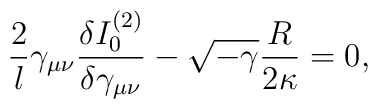
\frac{2}{l}  \gamma_{\mu \nu}\frac{\delta I_0^{(2)}}{\delta \gamma_{\mu \nu}}-\sqrt{-\gamma} \frac{R}{2 \kappa}=0,